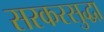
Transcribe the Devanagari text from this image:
सरकरसुद्धा